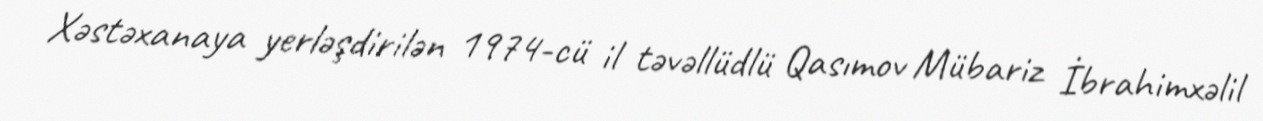
Xəstəxanaya yerləşdirilən 1974-cü il təvəllüdlü Qasımov Mübariz İbrahimxəlil